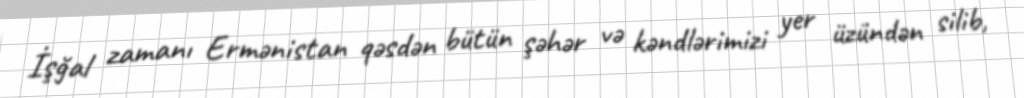
İşğal zamanı Ermənistan qəsdən bütün şəhər və kəndlərimizi yer üzündən silib,